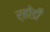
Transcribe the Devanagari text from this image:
र्होडी